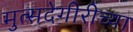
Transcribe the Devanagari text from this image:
मुत्सदेगीरीच्या